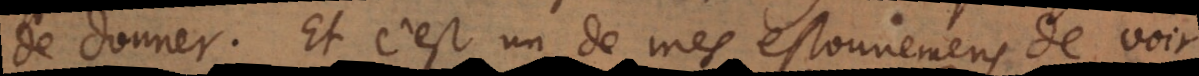
de donner. Et c’est un de mes estonnemens de voir